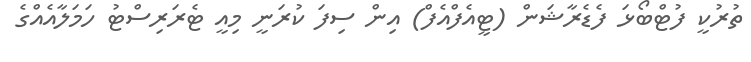
ތުރުކީ ފުޓްބޯޅަ ފެޑެރާޝަން (ޓީއެފްއެފް) އިން ސިފަ ކުރަނީ މިއީ ޓެރަރިސްޓު ހަމަލާއެއްގެ